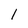
Character: l